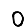
Digit: 0